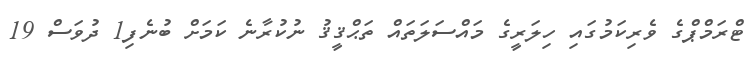
ޓްރަމްޕްގެ ވެރިކަމުގައި ހިލަރީގެ މައްސަލަތައް ތަޙްޤީޤު ނުކުރާނެ ކަމަށް ބުނެފި1 ދުވަސް 19